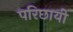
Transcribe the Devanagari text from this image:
परिछायी